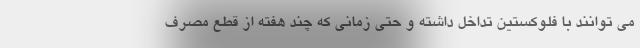
می توانند با فلوکستین تداخل داشته و حتی زمانی که چند هفته از قطع مصرف